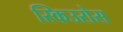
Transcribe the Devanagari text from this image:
स्किउरोस